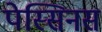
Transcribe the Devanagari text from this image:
पेस्सिनस